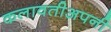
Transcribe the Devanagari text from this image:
कलावतीअपनी